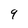
Character: 9